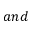
a n d